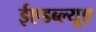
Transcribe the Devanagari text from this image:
ईएडब्ल्यूए